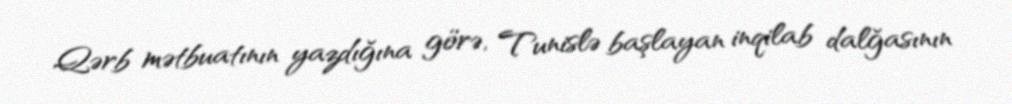
Qərb mətbuatının yazdığına görə, Tunislə başlayan inqilab dalğasının